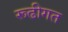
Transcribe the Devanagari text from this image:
रूढीगत